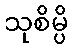
သုစိမ္ပိ